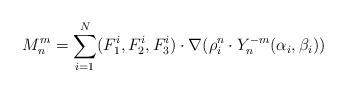
LaTeX: \begin{align*}M_n^m = \sum_{i=1}^N (F^i_1,F^i_2,F^i_3) \cdot \nabla(\rho_i^n\cdot Y_n^{-m}(\alpha_i,\beta_i)) \end{align*}